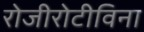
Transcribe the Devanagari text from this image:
रोजीरोटीविना